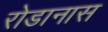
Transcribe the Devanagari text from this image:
रोडानास